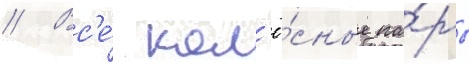
// Вс'е́ кол'ё́сные па́ры